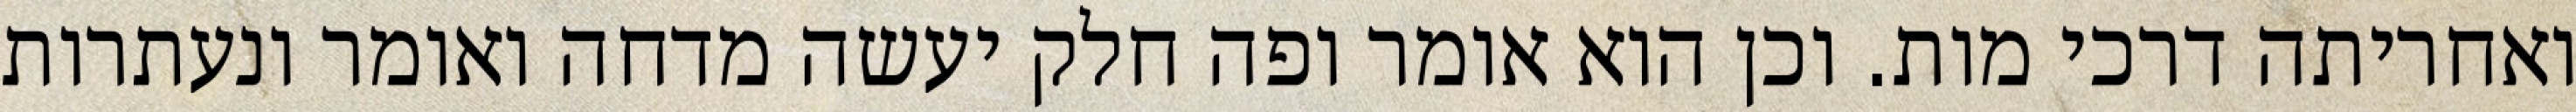
ואחריתה דרכי מות. וכן הוא אומר ופה חלק יעשה מדחה ואומר ונעתרות